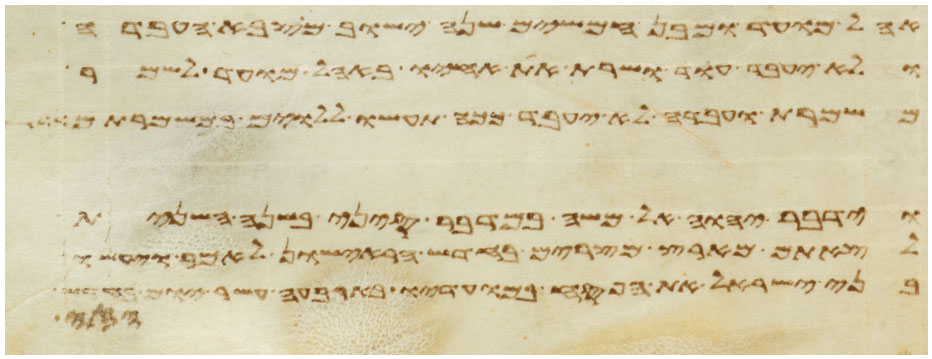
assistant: אהל מועד ומבן חמשים שנה ישוב מצבא העבדה
ולא יעבד עוד ושרת את אחיו באהל מועד לשמר
משמרת ועבדה לא יעבד ככה תעשו ללוים במשמרתם
וידבר יהוה אל משה במדבר סיני בשנה השנית
לצאתם מארץ מצרים בחדש הראישון לאמר ויעשו
בני ישראל את הפסח במועדיו בארבעה עשר יום
וחזקי